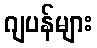
ဂျပန်များ